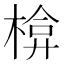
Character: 𭫃